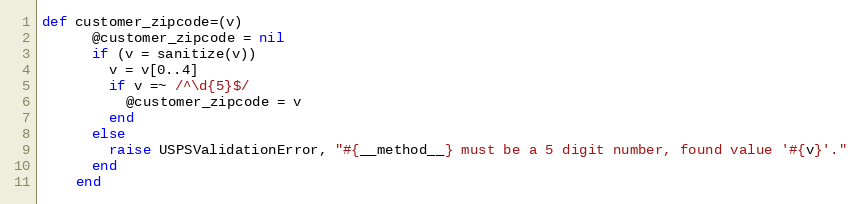
Language: Ruby
def customer_zipcode=(v)
      @customer_zipcode = nil
      if (v = sanitize(v))
        v = v[0..4]
        if v =~ /^\d{5}$/
          @customer_zipcode = v
        end
      else
        raise USPSValidationError, "#{__method__} must be a 5 digit number, found value '#{v}'."
      end
    end